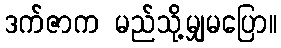
ဒက်ဇာက မည်သို့မျှမပြော။